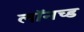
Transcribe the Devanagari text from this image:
लॉनच्ड